Source: Computer-generated
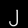
Digit: ၂ (2)